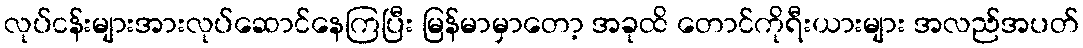
လုပ်ငန်းများအားလုပ်ဆောင်နေကြပြီး မြန်မာမှာတော့ အခုထိ တောင်ကိုရီးယားများ အလည်အပတ်